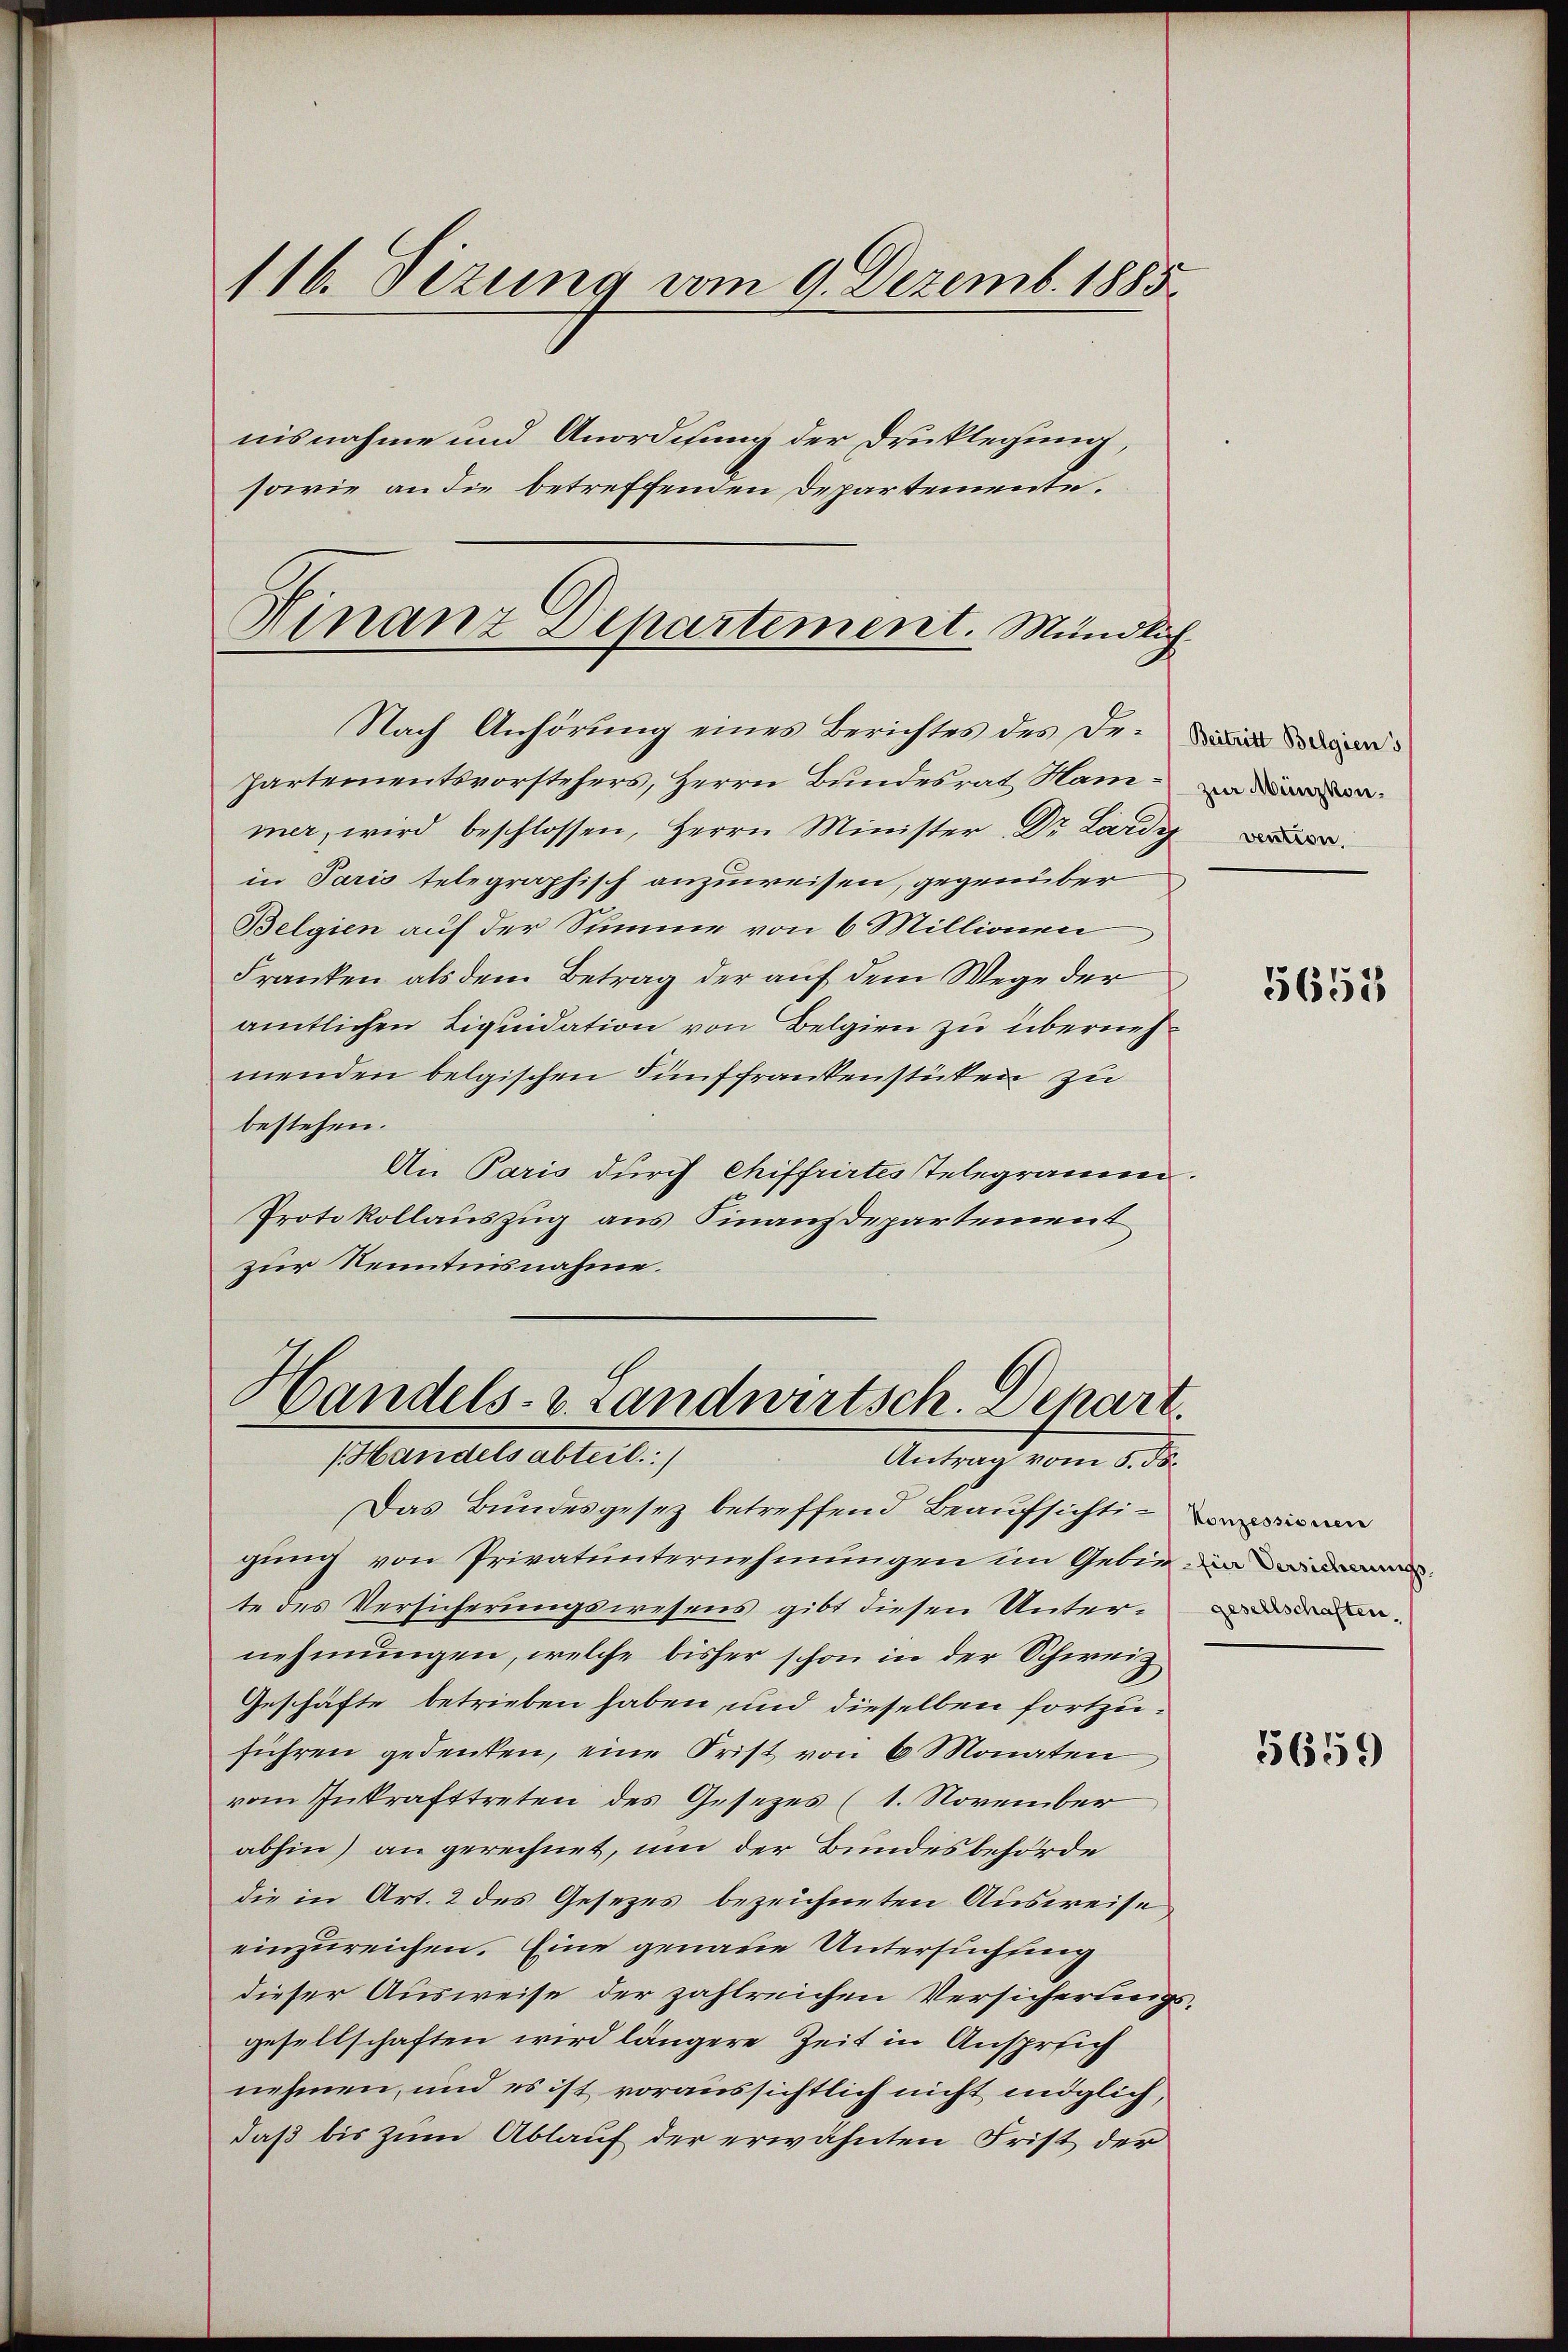
Nach Anhörung eines Berichtes des De-
Partementsvorstehers, Herrn Bundesrat Hammer, wird beschlossen, Herrn Minister Dr. Lardy
in Paris telegraphisch anzuweisen, gegenüber
Belgien auf der Stimme von 6 Millionen
Franken als dem Betrag der auf dem Wege der
amtlichen Liquidation von Belgien zu übernehmenden belgischen Fünffrankenstücken zu
bestehen.
An Paris durch Chiffrirtes Telegramm.
Protokollauszug aus Finanzdepartement
zur Kenntnisnahme.

116. Dezung vom 9. Dezemb. 1885.
nisnahme und Anordnung der Drucklegung,
sowie an die betreffenden Departemente.

Hinanz Departement. Mündlich

Handels- u. Landwirtsch. Depart.
Handelsabteil.
Antrag vom 5. ds.

Das Bundesgesez betreffend Beaŭfsichtigung von Privatunternehmungen im Gebie in
te des Versicherungswesens gibt diesen Unternehmungen, welche bisher schon in der Schweiz
Geschäfte betrieben haben, und dieselben fortzuführen gedenken, eine Frist von 6 Monaten
vom Inkrafttreten des Gesezes (1. November
abhin) an gerechnet, um der Bundesbehörde
die in Art. 2 des Gesezes bezeichneten Ausweise
einzureichen. Eine genaue Untersuchung
dieser Ausweise der zahlreichen Versicherungs-
gesellschaften wird längere Zeit in Ansprech
nehmen, und es ist voraussichtlich nicht möglich,
daß bis zum Ablauf der erwähnten Frist der

zur Münzkon.

5655

gesellschaften.

5659